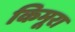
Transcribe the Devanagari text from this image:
किमूरा